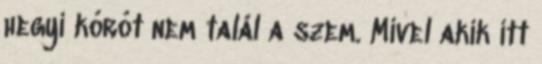
hegyi kórót nem talál a szem. Mivel akik itt